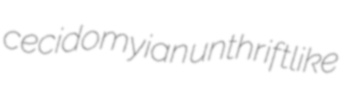
cecidomyian unthriftlike